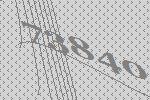
73840